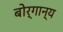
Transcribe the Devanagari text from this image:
बोर्गान्य